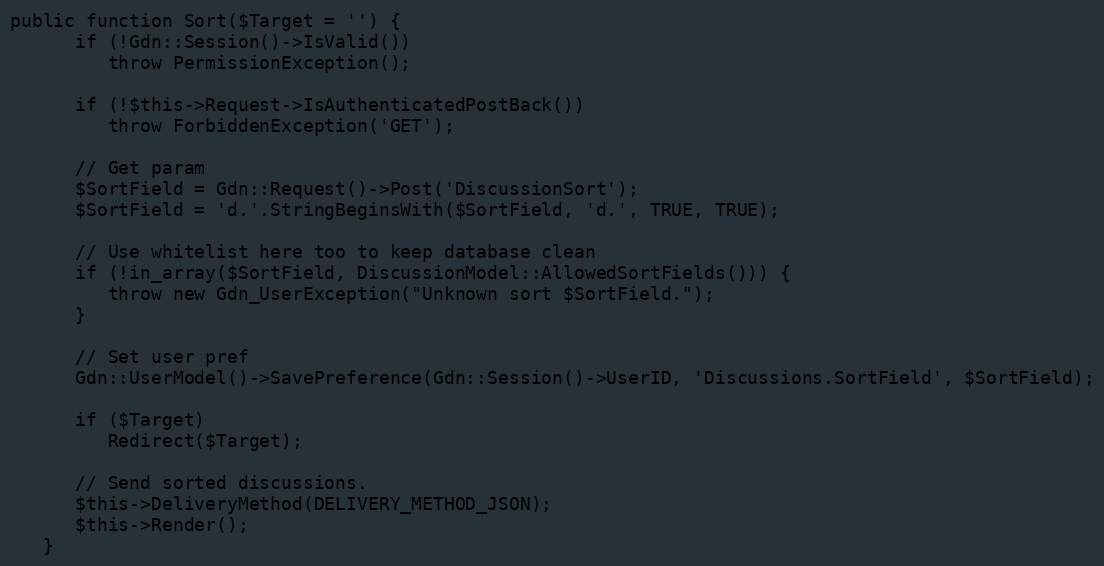
Language: PHP
public function Sort($Target = '') {
      if (!Gdn::Session()->IsValid())
         throw PermissionException();

      if (!$this->Request->IsAuthenticatedPostBack())
         throw ForbiddenException('GET');

      // Get param
      $SortField = Gdn::Request()->Post('DiscussionSort');
      $SortField = 'd.'.StringBeginsWith($SortField, 'd.', TRUE, TRUE);

      // Use whitelist here too to keep database clean
      if (!in_array($SortField, DiscussionModel::AllowedSortFields())) {
         throw new Gdn_UserException("Unknown sort $SortField.");
      }

      // Set user pref
      Gdn::UserModel()->SavePreference(Gdn::Session()->UserID, 'Discussions.SortField', $SortField);

      if ($Target)
         Redirect($Target);

      // Send sorted discussions.
      $this->DeliveryMethod(DELIVERY_METHOD_JSON);
      $this->Render();
   }